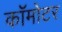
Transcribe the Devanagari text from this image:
कॉमोटर